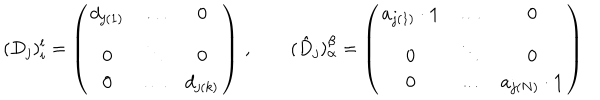
( D _ { j } ) _ { i } ^ { l } = \left( \begin{array} { c c c } { { d _ { j ( 1 ) } } } & { { \dots } } & { { 0 } } \\ { { 0 } } & { { \ddots } } & { { 0 } } \\ { { 0 } } & { { \dots } } & { { d _ { j ( k ) } } } \\ \end{array} \right) \, , \qquad ( \hat { D } _ { j } ) _ { \alpha } ^ { \beta } = \left( \begin{array} { c c c } { { a _ { j ( 1 ) } \cdot { \bf 1 } } } & { { \dots } } & { { 0 } } \\ { { 0 } } & { { \ddots } } & { { 0 } } \\ { { 0 } } & { { \dots } } & { { a _ { j ( N ) } \cdot { \bf 1 } } } \\ \end{array} \right)